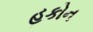
હકોન